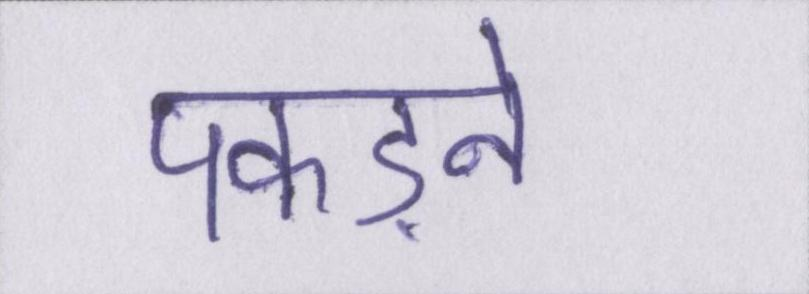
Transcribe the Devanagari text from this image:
पकड़ने